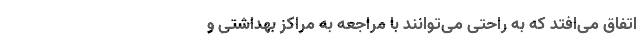
اتفاق می‌افتد که به راحتی می‌توانند با مراجعه به مراکز بهداشتی و